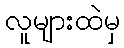
လူများထဲမှ